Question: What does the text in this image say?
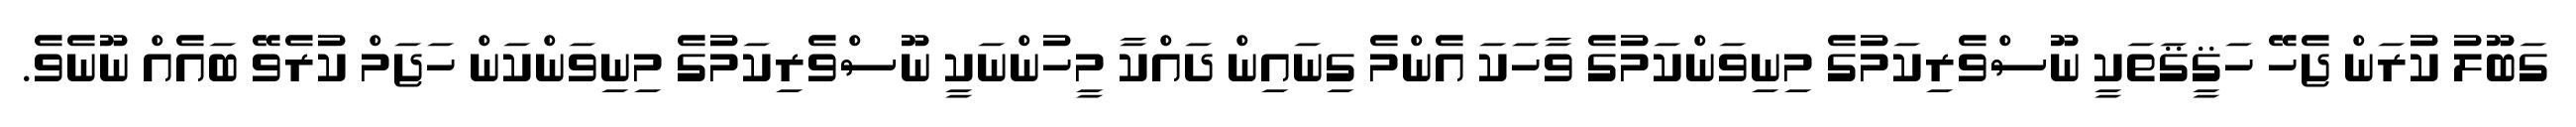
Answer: ގަބޫލު ކުރަން ޖެހޭ ހަޤީޤަތަކީ ނޫސްވެރިކަމުގެ މިނިވަންކަމުގެ ވާހަކަ އެންމެ ގިނައިން ދައްކާ މީހުންނަކީ ނޫސްވެރިކަމުގެ މިނިވަންކަން ހަޖަމް ކުރެވޭ ބައެއް ނޫނެވެ.